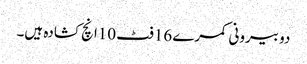
دو بیرونی کمرے 16فٹ 10انچ کشادہ ہیں۔